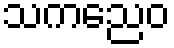
သကညေဝ